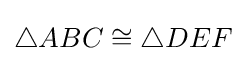
\triangle ABC\cong \triangle DEF